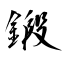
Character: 鍛